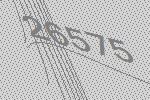
26575